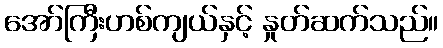
အော်ကြီးဟစ်ကျယ်နှင့် နှုတ်ဆက်သည်။